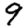
Digit: 9